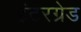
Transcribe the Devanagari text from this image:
इंटरग्रेड